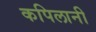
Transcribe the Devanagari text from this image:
कपिलानी